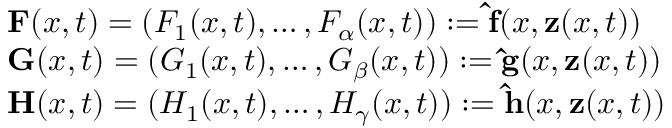
\begin{array} { l } { \mathbf { F } ( x , t ) = ( F _ { 1 } ( x , t ) , \ldots , F _ { \alpha } ( x , t ) ) : = \mathbf { \widehat { f } } ( x , \mathbf { z } ( x , t ) ) \smallskip } \\ { \mathbf { G } ( x , t ) = ( G _ { 1 } ( x , t ) , \ldots , G _ { \beta } ( x , t ) ) : = \mathbf { \widehat { g } } ( x , \mathbf { z } ( x , t ) ) \smallskip } \\ { \mathbf { H } ( x , t ) = ( H _ { 1 } ( x , t ) , \ldots , H _ { \gamma } ( x , t ) ) : = \mathbf { \widehat { h } } ( x , \mathbf { z } ( x , t ) ) \smallskip } \end{array}